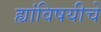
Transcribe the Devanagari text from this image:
ह्यांविषयीचे